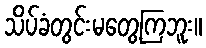
သိပ်ခံတွင်းမတွေ့ကြဘူး။